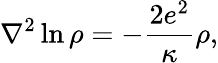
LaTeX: {\nabla}^{2}\ln\rho=-\frac{2e^{2}}{\kappa}\rho,